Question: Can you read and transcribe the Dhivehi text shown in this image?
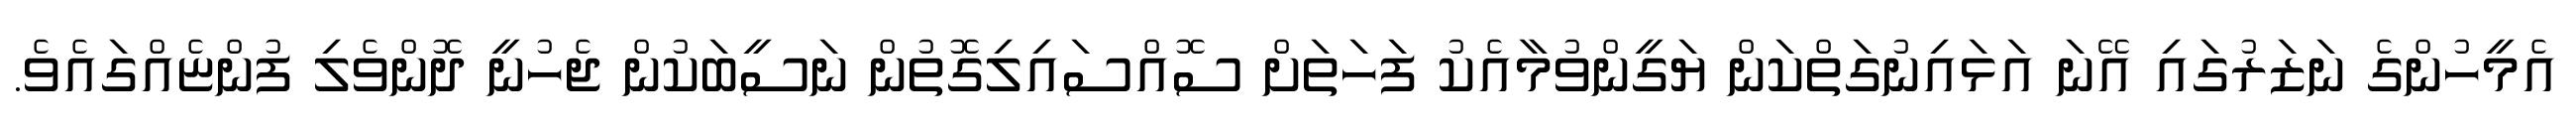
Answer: އެމީހުންގެ ނަޒަރުގައި އޭނަ އަޅައިނުގަތްކަން ޔަގީންވުމާއެކު ފަހަތަށް ސޮއްސައިލިގޮތުން ނަސީބަކުން ޖެހުނީ ދޮންވެލި ފުންޏެއްގައެވެ.